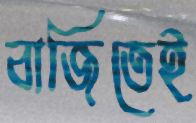
বাজিতেই